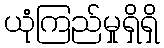
ယုံကြည်မှုရှိရှိ